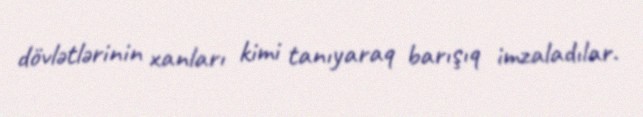
dövlətlərinin xanları kimi tanıyaraq barışıq imzaladılar.